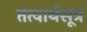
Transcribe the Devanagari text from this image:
तत्वार्थसूत्र